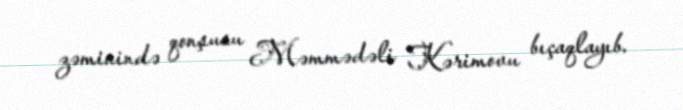
zəminində qonşusu Məmmədəli Kərimovu bıçaqlayıb.